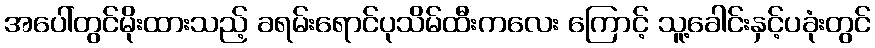
အပေါ်တွင်မိုးထားသည့် ခရမ်းရောင်ပုသိမ်ထီးကလေး ကြောင့် သူ့ခေါင်းနှင့်ပခုံးတွင်